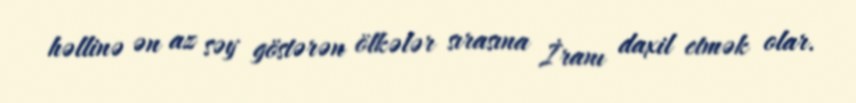
həllinə ən az səy göstərən ölkələr sırasına İranı daxil etmək olar.